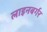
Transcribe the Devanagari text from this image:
लाइनबर्गर